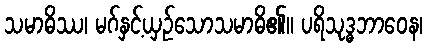
သမာဓိဿ၊ မဂ်နှင့်ယှဉ်သောသမာဓိ၏။ ပရိသုဒ္ဓဘာဝေန၊